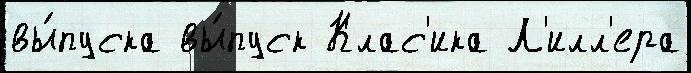
вы́пуска вы́пуск Клас'ика Л'илл'ера